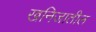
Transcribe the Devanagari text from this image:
खनिजातील